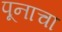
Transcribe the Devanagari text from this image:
पूनाचा